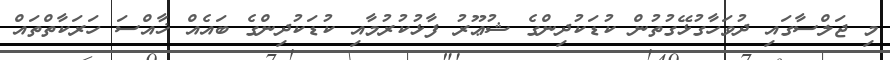
މި ޖަލްސާގައި ދުވަހާގުޅޭގުތުން ކުޑަކުދިންގެ ޝުޢޫރު ފާޅުކުރުމާއި ކުޑަކުދިންގެ ބައެއް ޚާއްސަ ހަރަކާތްތައް